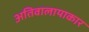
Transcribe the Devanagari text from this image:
अतिवालायाकार